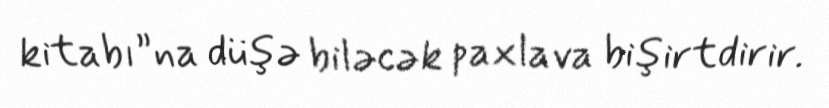
kitabı”na düşə biləcək paxlava bişirtdirir.